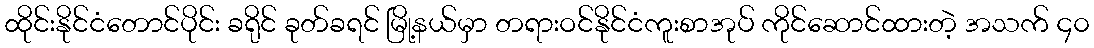
ထိုင်းနိုင်ငံတောင်ပိုင်း ခရိုင် ခုတ်ခရင် မြို့နယ်မှာ တရားဝင်နိုင်ငံကူးစာအုပ် ကိုင်ဆောင်ထားတဲ့ အသက် ၄၀